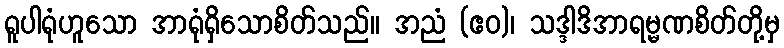
ရူပါရုံဟူသော အာရုံရှိသောစိတ်သည်။ အညံ (ဧဝ)၊ သဒ္ဒါဒိအာရမ္မဏစိတ်တို့မှ